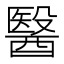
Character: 醫